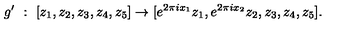
g ^ { \prime } \ : \ [ z _ { 1 } , z _ { 2 } , z _ { 3 } , z _ { 4 } , z _ { 5 } ] \rightarrow [ e ^ { 2 \pi i x _ { 1 } } { z _ { 1 } } , e ^ { 2 \pi i x _ { 2 } } { z _ { 2 } } , z _ { 3 } , z _ { 4 } , z _ { 5 } ] .